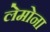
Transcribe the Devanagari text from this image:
लेमोना